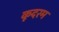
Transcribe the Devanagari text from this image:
कूदरम